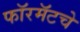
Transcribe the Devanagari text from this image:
फॉरमॅटचे